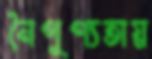
নৈপুণ্যতায়